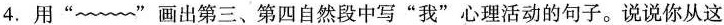
4.用“﹏”画出第三、第四自然段中写”我”心理活动的句子。说说你从这